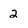
Character: 2